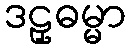
ဒဠှဓမ္မာ